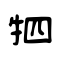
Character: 牭